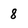
Character: 8